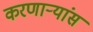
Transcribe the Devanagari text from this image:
करणाऱ्यांस